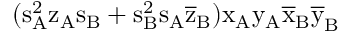
( \mathrm { s _ { A } ^ { 2 } \mathrm { z _ { A } \mathrm { s _ { B } + \mathrm { s _ { B } ^ { 2 } \mathrm { s _ { A } \mathrm { \overline { { z } } _ { B } ) \mathrm { x _ { A } \mathrm { y _ { A } \mathrm { \overline { { x } } _ { B } \mathrm { \overline { { y } } _ { B } } } } } } } } } } }